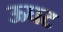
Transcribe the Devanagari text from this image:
ऊघट